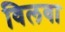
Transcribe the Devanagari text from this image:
विलवा